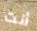
أنت